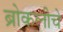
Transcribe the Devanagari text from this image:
ब्रोकलीचे